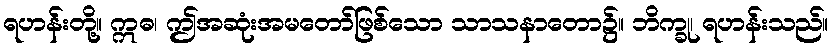
ရဟန်းတို့။ ဣဓ၊ ဤအဆုံးအမတော်ဖြစ်သော သာသနာတော၌။ ဘိက္ခု၊ ရဟန်းသည်။